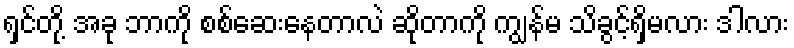
ရှင်တို့ အခု ဘာကို စစ်ဆေးနေတာလဲ ဆိုတာကို ကျွန်မ သိခွင့်ရှိမလား ဒါလား